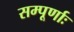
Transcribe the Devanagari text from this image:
सम्पूर्णाः